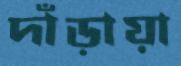
দাঁড়ায়া